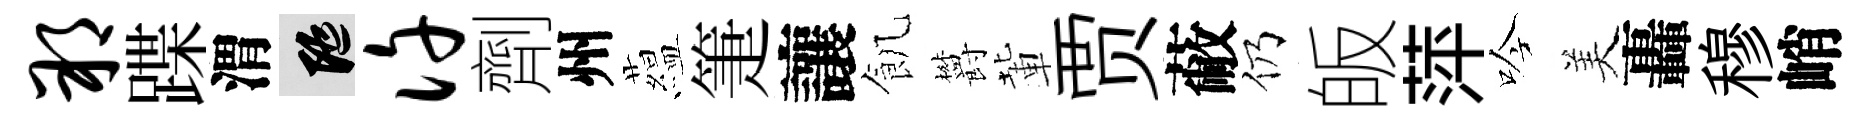
朔蹀渭隨许劑州藴箑讓飢欝輩贾蔽仍皈萍吟美轟穆峭